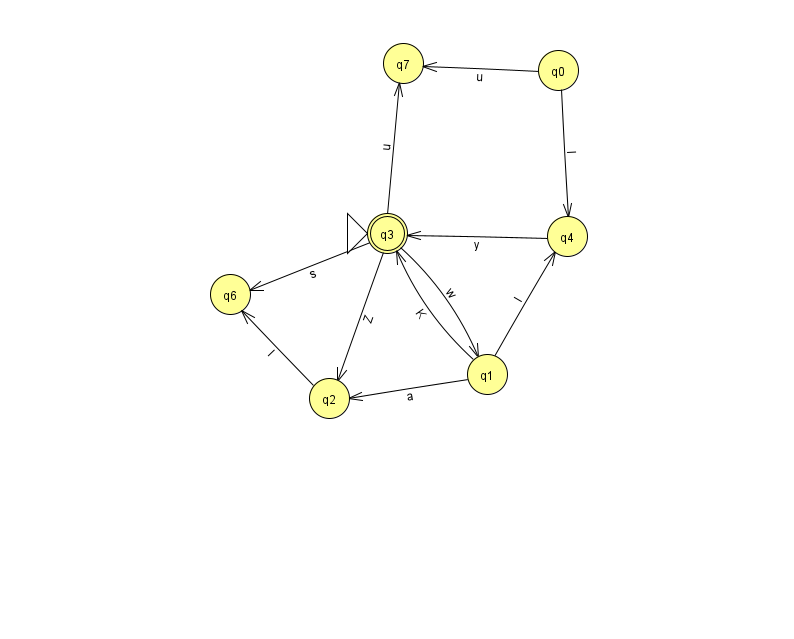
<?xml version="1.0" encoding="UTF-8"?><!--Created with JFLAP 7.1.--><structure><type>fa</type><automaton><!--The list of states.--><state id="0" name="q0"><x>558.0</x><y>57.0</y></state><state id="1" name="q1"><x>487.0</x><y>361.0</y></state><state id="2" name="q2"><x>329.0</x><y>385.0</y></state><state id="3" name="q3"><x>387.0</x><y>220.0</y><initial/><final/></state><state id="4" name="q4"><x>567.0</x><y>223.0</y></state><state id="6" name="q6"><x>230.0</x><y>281.0</y></state><state id="7" name="q7"><x>403.0</x><y>50.0</y></state><!--The list of transitions.--><transition><from>3</from><to>2</to><read>Z</read></transition><transition><from>3</from><to>6</to><read>s</read></transition><transition><from>0</from><to>7</to><read>u</read></transition><transition><from>2</from><to>6</to><read>l</read></transition><transition><from>3</from><to>7</to><read>u</read></transition><transition><from>1</from><to>2</to><read>a</read></transition><transition><from>1</from><to>3</to><read>K</read></transition><transition><from>1</from><to>4</to><read>l</read></transition><transition><from>0</from><to>4</to><read>I</read></transition><transition><from>3</from><to>1</to><read>w</read></transition><transition><from>4</from><to>3</to><read>y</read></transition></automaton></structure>